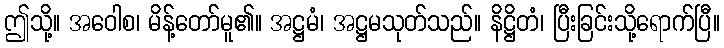
ဤသို့။ အဝေါစ၊ မိန့်တော်မူ၏။ အဋ္ဌမံ၊ အဋ္ဌမသုတ်သည်။ နိဋ္ဌိတံ၊ ပြီးခြင်းသို့ရောက်ပြီ။